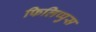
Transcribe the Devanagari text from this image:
फिलिप्पुस